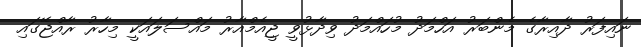
ނައިފަރު ދާއިރާގެ މެންބަރު އަހްމަދު މުހައްމަދު ވިދާޅުވީ ޖީއެމްއާރު މައްސަލައަކީ މިހާރު ރާއްޖޭގައި